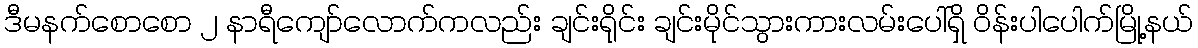
ဒီမနက်စောစော ၂ နာရီကျော်လောက်ကလည်း ချင်းရိုင်း ချင်းမိုင်သွားကားလမ်းပေါ်ရှိ ဝိန်းပါပေါက်မြို့နယ်